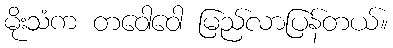
မိုးသံက တဝေါဝေါ မြည်လာပြန်တယ်။